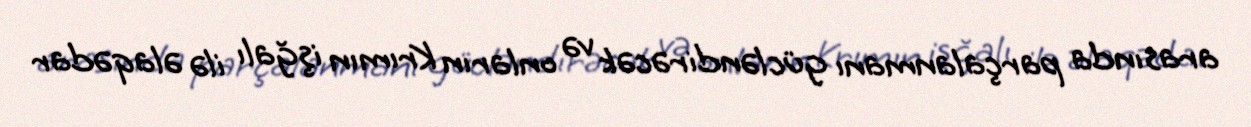
arasında parçalanmanı gücləndirəcək və onların Krımın işğalı ilə əlaqədar